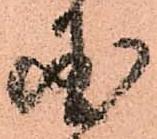
国